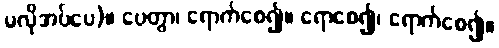
မလိုအပ်ပေ)။ ပေတွာ၊ ရောက်စေ၍။ ရောစေ၍၊ ရောက်စေ၍။